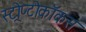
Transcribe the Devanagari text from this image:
स्ट्रोप्टोकॉकस